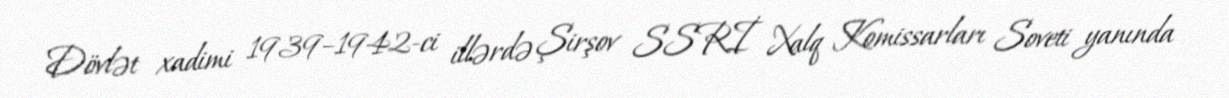
Dövlət xadimi 1939–1942-ci illərdə Şirşov SSRİ Xalq Komissarları Soveti yanında